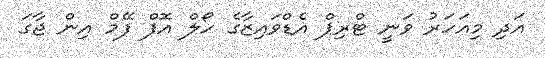
އަދި މިއަހަރު ވަނީ ޓްރިޕް އެޑްވައިޒާގެ ހޯލް އޮފް ފޭމް އިން ޖާގަ